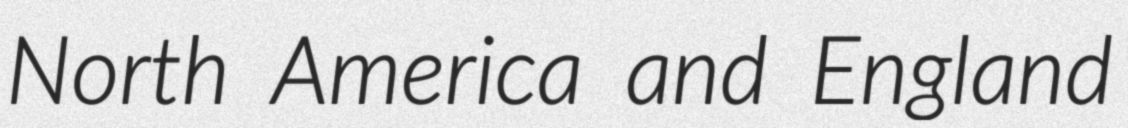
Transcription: North America and England